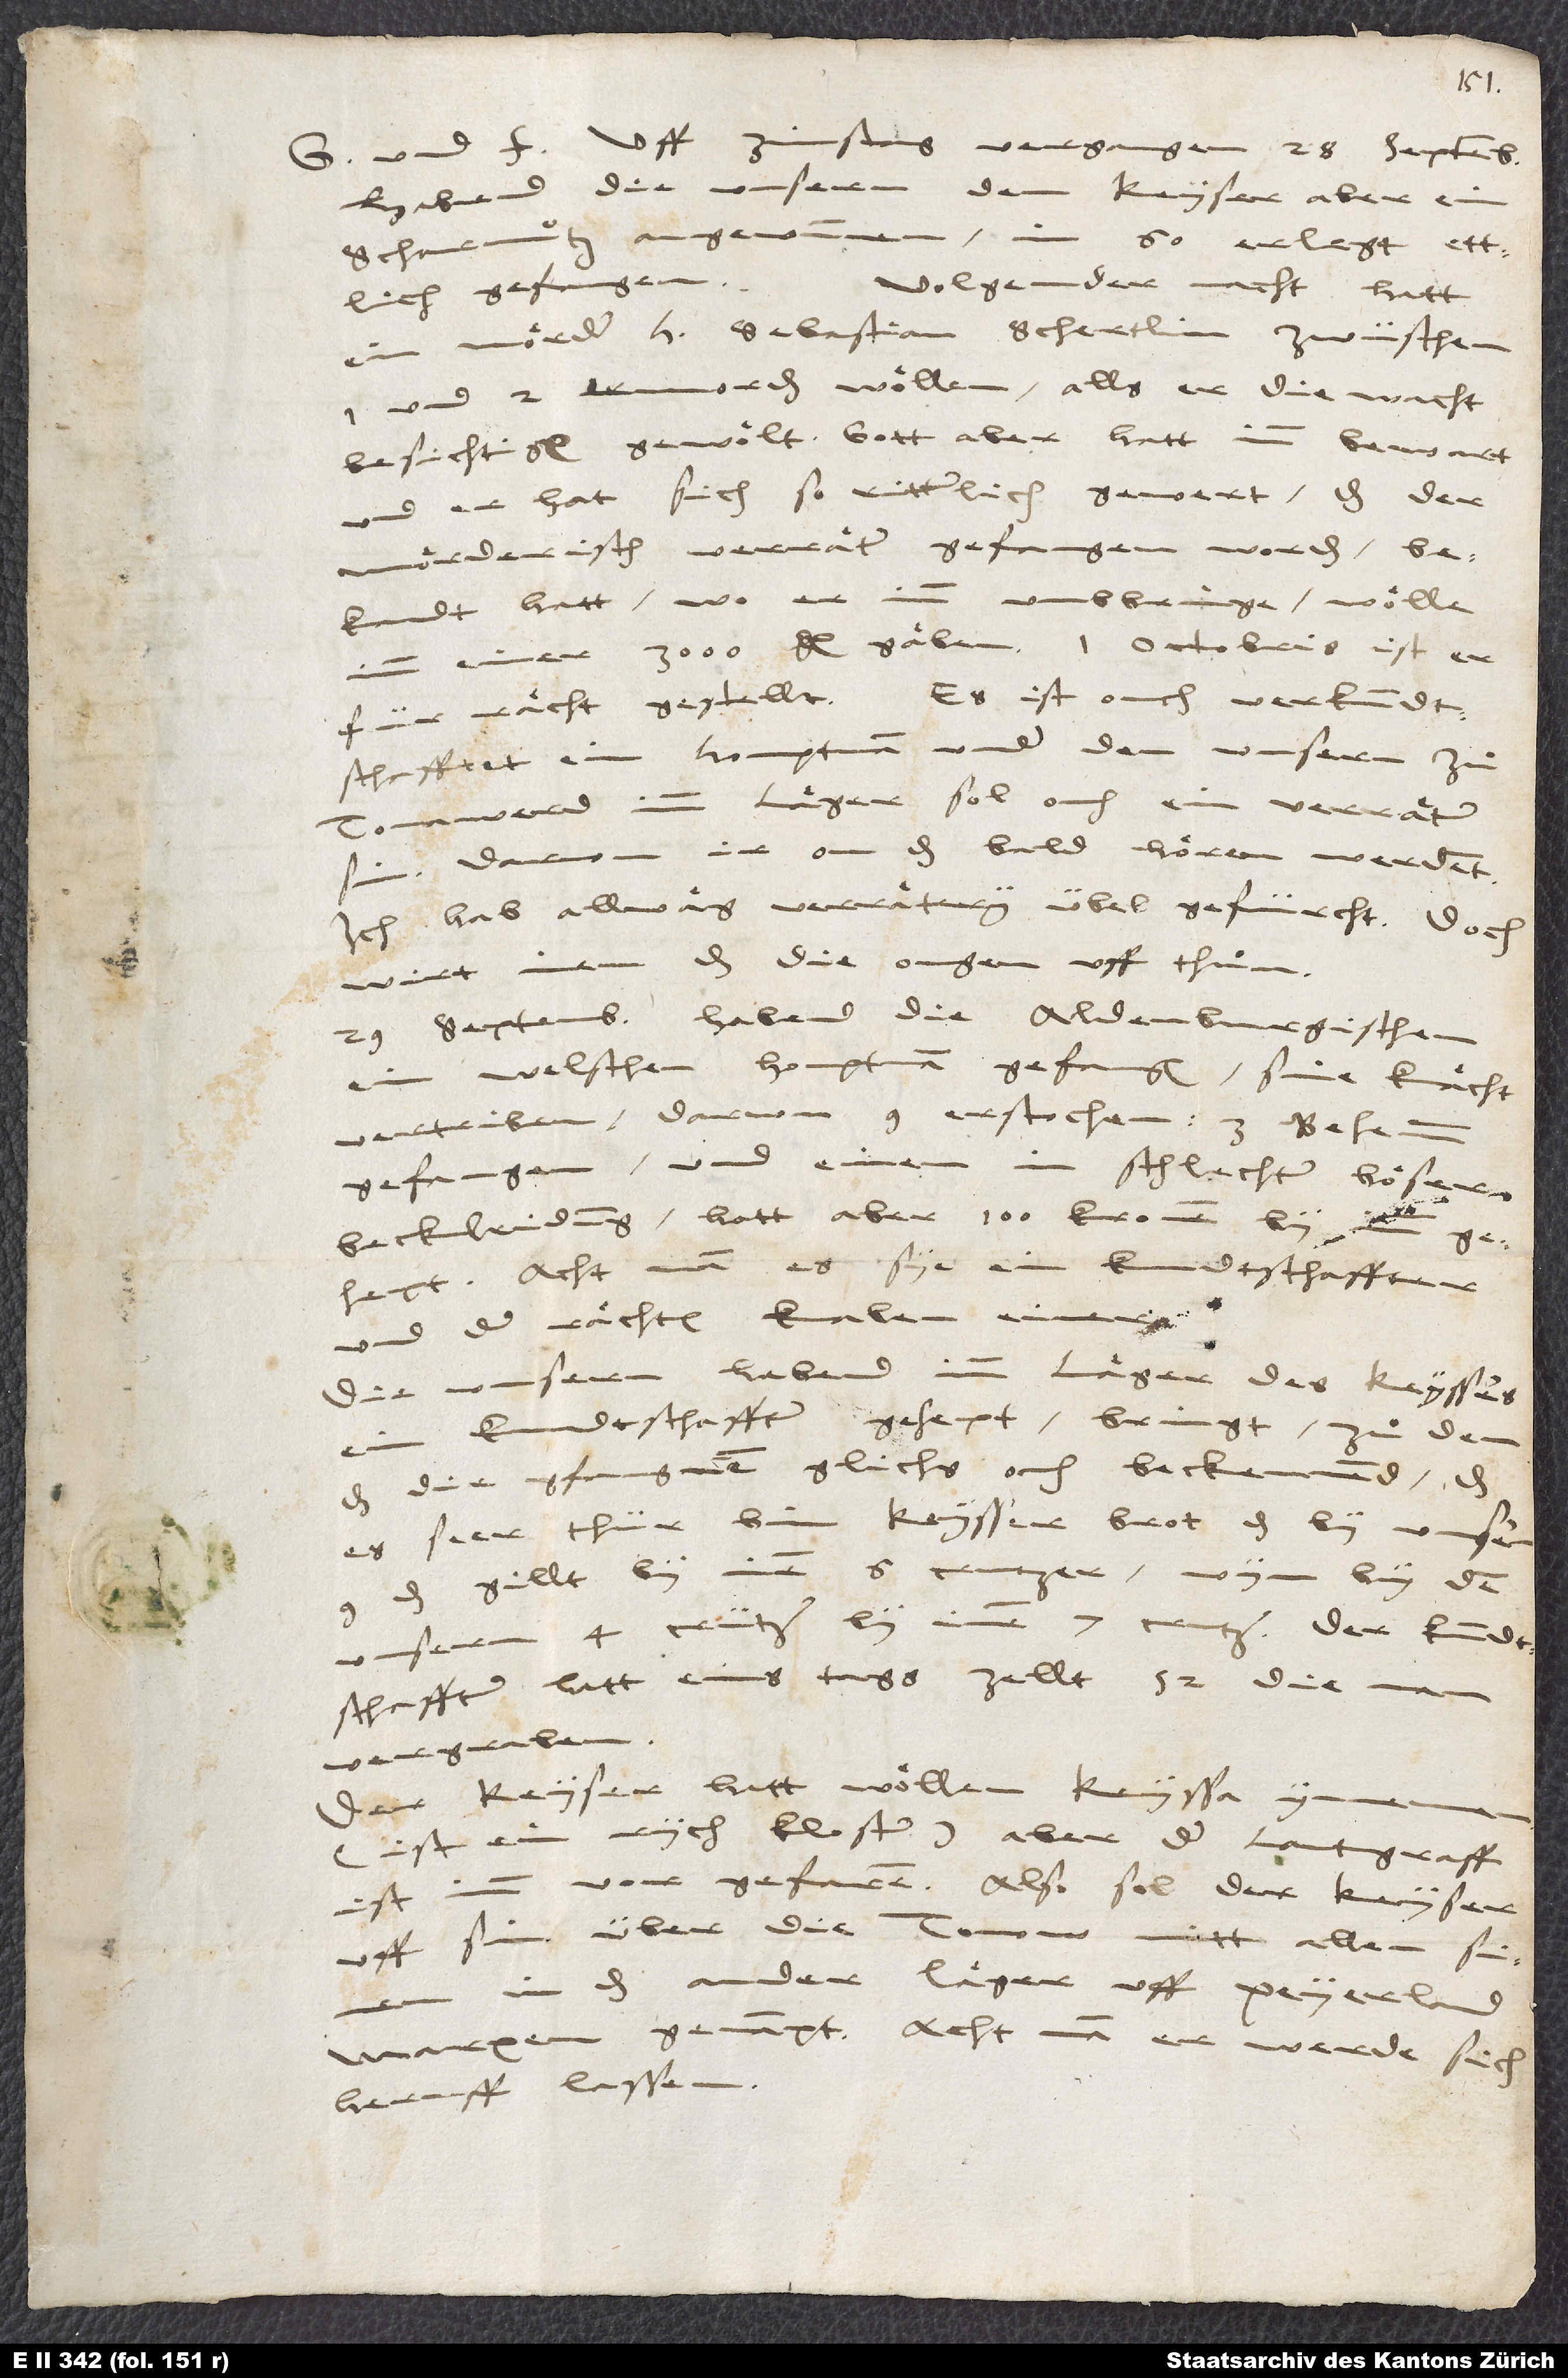
und frid. Uff zinstag vergangen 28. septembris
habend die unsern dem keyser aber ein
scharmuͦtz angewunnen, in 60 erlegt, ettlich
Volgender nacht hatt
gefangen.
ein moͤrder h. Sebastian Schertlin zwüschen
1 und 2 ermorden woͤllen, alls er die wacht
besichtigen gewoͤlt. Gott aber hatt inn bewart
und er hat sich so ritterlich gewert, das der
moͤrderisch verraͤter gefangen worden,
bekandt hatt, wo er inn umbbringe, woͤlle
imm einer 3’000 gl. gaͤben. 1. octobris ist er
für raͤcht gestellt. Es ist ouch verkundtschafftet
ein houptman under den unsern, zuͦ
Tonawerd im laͤger, sol ouch ein verraͤter
sin; darvon ir on das bald hoͤren werdent.
Ich hab allwaͤg verraͤtery übel gefürcht; doch
wirt inen das die ougen uffthuͦn.
29. septembris habend die Aldenburgischen
ein welschen houptman gefangen, sine knaͤcht
vertriben, darvon 9 erstochen, 3 Behemm
gefangen und einen in schlechter, böser
beckleidung; hatt aber 100 kronen by imm
gehept. Acht man, er sye ein kundtschaffter
und der raͤchten knaben einer.
Die unsern habend imm laͤger des keyssers
ein kundtschaffter gehept. Bringt (zuͦ dem,
das die gfangnen glichs och beckennend), das
es seer thür bim keysser: Brot, das by unsern
9 d., gillt by inen 6 crutzer; wyn by den
unsern 4 crützer, by inen 7 crutzer. Der kundtschaffter
hatt eins tags zellt 52, die man
vergraben.
Der keyser hatt wöllen Keyssa ynnemen
(ist ein rychkloster), aber der lantgraff
uff sin über die Tonow mitt allen sinen
in das ander laͤger uff Peyerland,
Marxen genampt. Acht man, er werde sich
heruff lassen.